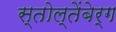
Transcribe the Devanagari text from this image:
स्तोल्तेंबेर्ग